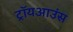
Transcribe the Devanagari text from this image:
ट्रॉयआउंस